Tezpur Lunatic Asylum reports 1877-1894 - 1877-1894
Year: 1877
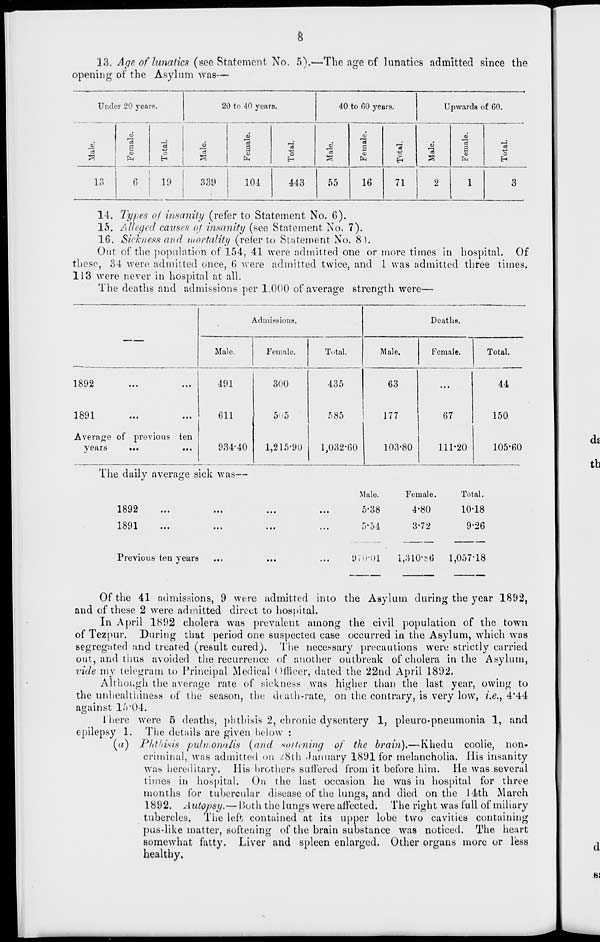
8
13. Age of lunatics (see Statement No. 5).—The age of lunatics admitted since the
opening of the Asylum was—
Under 20 years.
20 to 40 years.
40 to 00 yeurs.
Upwards of GO.
Male.
S
3
o
H
6
a5
S
15
G
o
H
It
J3
6
"3
B
<u
ft
IS
-4->
o
H
13
6
19
339
104
443
55
16
71
2
1
3
14. Types of insanity (refer to Statement No. 6).
15. Alleged causes of insanity (see Statement No. 7).
16. Sickness and mortality (refer to Statement No. 8).
Out of the population of 154, 41 were admitted one or more times in hospital. Of
these, 34 were admitted once, 6 were admitted twice, and 1 was admitted three times.
113 were never in hospital at all.
The deaths and admissions per 1.000 of average strength were—
Admissions.
Deaths.
Male.
Female.
Total.
Male.
Female.
Total.
1 ( ■ » ' -w
• • •
•••
1891
Average of previous ten
years
...
...
491
611
934-40
300
5-5
1,215-90
435
585
1,032-60
63
177
103-80
67
111-20
44
150
105-60
The daily average sick was—
J nj£
...
...
1891
Male.
Female.
Total.
5-38
4-80
10-18
5-54
3-72
9-26
Previous ten years
970-01
1,810-56
1,057-18
Of the 41 admissions, 9 were admitted into the Asylum during the year 1892,
and of these 2 were admitted direct to hospital.
In April 1892 cholera was prevalent among the civil population of the town
of Tezpur. During that period one suspected case occurred in the Asylum, which was
segregated and treated (result cured). The necessary precautions were strictly carried
out, and thus avoided the recurrence of another outbreak of cholera in the Asylum,
vide my telegram to Principal Medical Officer, dated the 22nd April 1892.
Although the average rate of sickness was higher than the last year, owing to
the unhealthinesa of the season, the death-rate, on the contrary, is very low, i.e., 4*44
against 16-04.
I here were 5 deaths, phthisis 2, chronic dysentery 1, pleuro-pneumonia 1, and
The details are given below :
Phthisis pulmonalis {and soitening of the brain).—Khedu coolie, non-
criminal, was admitted on /:8th January 1891 for melancholia. His insanity
was hereditary. His brothers suffered from it before him. He was several
times in hospital. On the last occasion he was in hospital for three
months lor tubercular disease of the lungs, and died on the 14th March
1892. Autopsy.— I>oth the lungs were affected. The right was full of miliary
tubercles. The left contained at its upper lobe two cavities containing
pus-like matter, softening of the brain substance was noticed. The heart
somewhat fatty. Liver and spleen enlarged. Other organs more or less
healthy.
epilepsy 1.
(a)